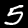
Label: 5